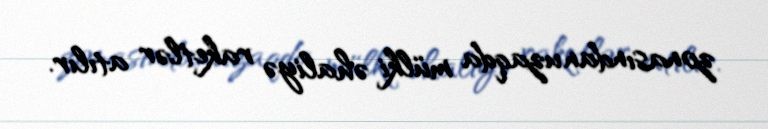
zonasından uzaqda mülki əhaliyə raketlər atılır.